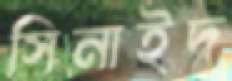
সিনাইদ